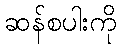
ဆန်စပါးကို